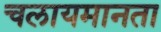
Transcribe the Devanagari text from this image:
चलायमानता